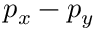
p _ { x } - p _ { y }